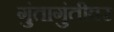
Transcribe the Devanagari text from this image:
गुंतागुंतीवर